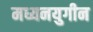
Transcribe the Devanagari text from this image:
मध्यनयुगीन